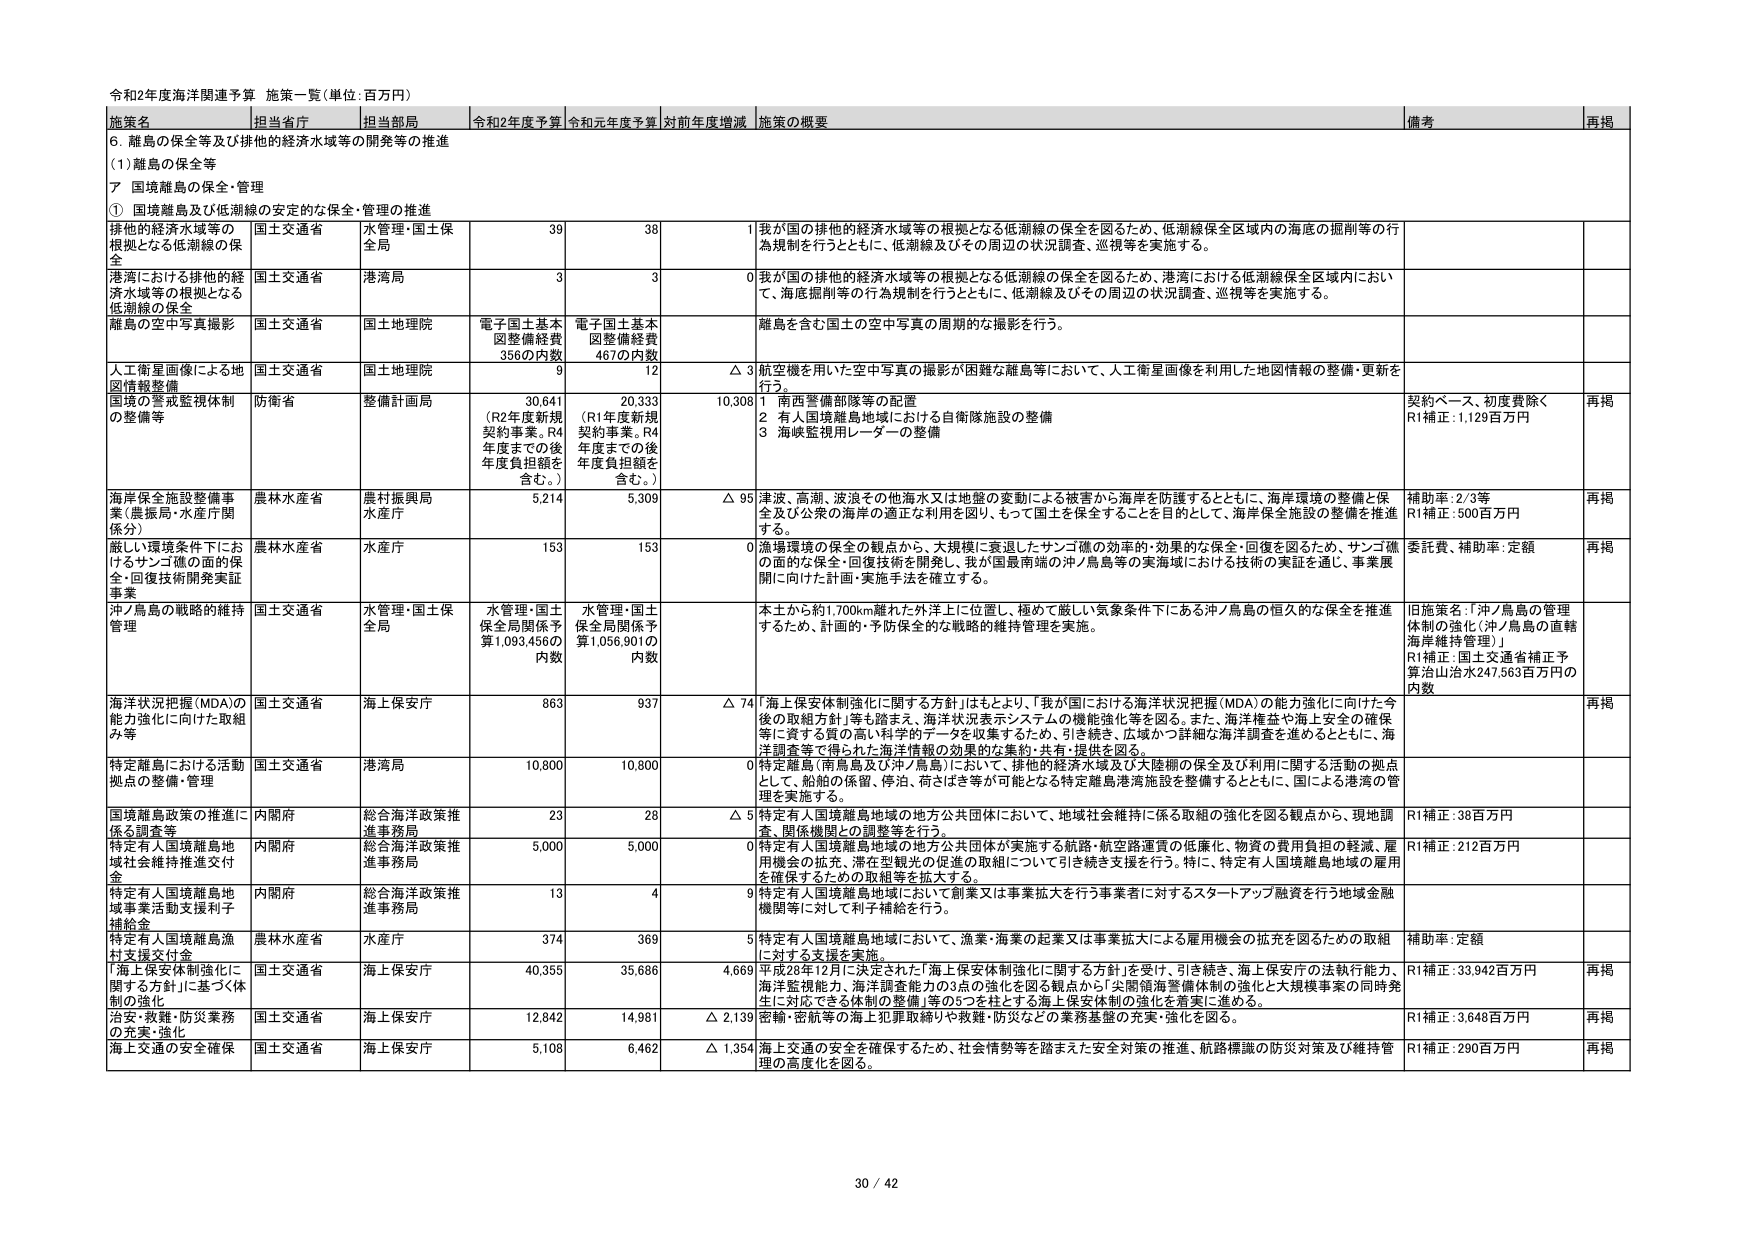
令和2年度海洋関連予算 施策一覧（単位：百万円）

施策名 担当省庁 担当局 令和2年度予算 令和元年度予算 対前年度増減 施策の概要 備考 再掲

6. 離島の保全等及び排他的経済水域等の開発等の推進
(1) 離島の保全等
7 国境離島の保全・管理
① 国境離島及び低潮線の安定的な保全・管理の推進

排他的経済水域等の根拠となる低潮線の保全 国土交通省 水管理・国土保全局 39 38 1 我が国の排他的経済水域等の根拠となる低潮線の保全を図るため、低潮線保全区域内の海底の掘削等の行為規制を行うとともに、低潮線及びその周辺の状況調査、巡視等を実施する。

港湾における排他的経済水域等の根拠となる低潮線の保全 国土交通省 港湾局 3 3 0 我が国の排他的経済水域等の根拠となる低潮線の保全を図るため、港湾における低潮線保全区域内において、海底掘削等の行為規制を行うとともに、低潮線及びその周辺の状況調査、巡視等を実施する。

離島の空中写真撮影 国土交通省 国土地理院 電子国土基本図整備経費356の内数 電子国土基本図整備経費467の内数 離島を含む国土の空中写真の周期的な撮影を行う。

人工衛星画像による地図情報整備 国土交通省 国土地理院 9 12 △ 3 航空機を用いた空中写真の撮影が困難な離島等において、人工衛星画像を利用した地図情報の整備・更新を行う。

国境の警戒監視体制の整備等 防衛省 整備計画局 30,641 (R2年度新規契約事業。R4年度までの後年度負担額を含む。) 20,333 (R1年度新規契約事業。R4年度までの後年度負担額を含む。) 10,308 1 南西警備部隊等の配置 2 有人国境離島地域における自衛隊施設の整備 3 海峡監視用レーダーの整備 契約ベース、初度費除く R1補正：1,129百万円 再掲

海岸保全施設整備事業（農振局・水産庁関係分） 農林水産省 農村振興局 水産庁 5,214 5,309 △ 95 津波、高潮、波浪その他海水又は地盤の変動による被害から海岸を防護するとともに、海岸環境の整備と保全及び公衆の海岸の適正な利用を図り、もって国土を保全することを目的として、海岸保全施設の整備を推進する。 補助率：2/3等 R1補正：500百万円 再掲

厳しい環境条件下におけるサンゴ礁の面的保全・回復技術開発実証事業 農林水産省 水産庁 153 153 0 漁場環境の保全の観点から、大規模に衰退したサンゴ礁の効率的・効果的な保全・回復を図るため、サンゴ礁の面的な保全・回復技術を開発し、我が国最南端の沖／鳥島等の実海域における技術の実証を通じ、事業展開に向けた計画・実施手法を確立する。 委託費、補助率：定額 再掲

沖／鳥島の戦略的維持管理 国土交通省 水管理・国土保全局 水管理・国土保全局関係予算1,093,456の内数 水管理・国土保全局関係予算1,056,901の内数 本土から約1,700km離れた外洋上に位置し、極めて厳しい気象条件下にある沖／鳥島の恒久的な保全を推進するため、計画的・予防保全的な戦略的維持管理を実施。 旧施策名：「沖／鳥島の管理体制の強化（沖／鳥島の直轄海岸維持管理）」 R1補正：国土交通省補正予算治山治水247,563百万円の内数

海洋状況把握（MDA）の能力強化に向けた取組み等 国土交通省 海上保安庁 863 937 △ 74 「海上保安体制強化に関する方針」はもとより、「我が国における海洋状況把握（MDA）の能力強化に向けた今後の取組方針」等も踏まえ、海洋状況表示システムの機能強化等を図る。また、海洋権益や海上安全の確保等に資する質の高い科学的データを収集するため、引き続き、広域かつ詳細な海洋調査を進めるとともに、海洋調査等で得られた海洋情報の効果的な集約・共有・提供を図る。 再掲

特定離島における活動拠点の整備・管理 国土交通省 港湾局 10,800 10,800 0 特定離島（南鳥島及び沖／鳥島）において、排他的経済水域及び大陸棚の保全及び利用に関する活動の拠点として、船舶の係留、停泊、荷さばき等が可能となる特定離島港湾施設を整備するとともに、国による港湾の管理を実施する。

国境離島政策の推進に係る調査等 内閣府 総合海洋政策推進事務局 23 28 △ 5 特定有人国境離島地域の地方公共団体において、地域社会維持に係る取組の強化を図る観点から、現地調査、関係機関との調整等を行う。 R1補正：38百万円

特定有人国境離島地域社会維持推進交付金 内閣府 総合海洋政策推進事務局 5,000 5,000 0 特定有人国境離島地域の地方公共団体が実施する航路・航空路運賃の低価化、物資の費用負担の軽減、雇用機会の拡充、滞在型観光の促進の取組について引き続き支援を行う。特に、特定有人国境離島地域の雇用を確保するための取組等を拡大する。 R1補正：212百万円

特定有人国境離島地域事業活動支援利子補給金 内閣府 総合海洋政策推進事務局 13 4 9 特定有人国境離島地域において創業又は事業拡大を行う事業者に対するスタートアップ融資を行う地域金融機関等に対して利子補給を行う。

特定有人国境離島漁村支援交付金 農林水産省 水産庁 374 369 5 特定有人国境離島地域において、漁業・海業の起業又は事業拡大による雇用機会の拡充を図るための取組に対する支援を実施。 補助率：定額

「海上保安体制強化に関する方針」に基づく体制の強化 国土交通省 海上保安庁 40,355 35,686 4,669 平成28年12月に決定された「海上保安体制強化に関する方針」を受け、引き続き、海上保安庁の法執行能力、海洋監視能力、海洋調査能力の3点の強化を図る観点から、「尖閣領海警備体制の強化と大規模事業の同時発生に対応できる体制の整備」等の5つを柱とする海上保安体制の強化を着実に進める。 R1補正：33,942百万円 再掲

治安・救難・防災業務の充実・強化 国土交通省 海上保安庁 12,842 14,981 △ 2,139 密輸・密航等の海上犯罪取締りや救難・防災などの業務基盤の充実・強化を図る。 R1補正：3,648百万円 再掲

海上交通の安全確保 国土交通省 海上保安庁 5,108 6,462 △ 1,354 海上交通の安全を確保するため、社会情勢等を踏まえた安全対策の推進、航路標識の防災対策及び維持管理の高度化を図る。 R1補正：290百万円 再掲

30 / 42